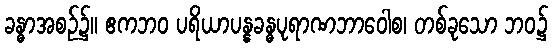
ခန္ဓာအစဉ်၌။ ဧကဘဝ ပရိယာပန္နခန္ဓပုရာဏဘာဝေါစ၊ တစ်ခုသော ဘဝ၌